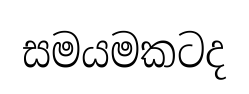
සමයමකටද